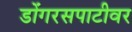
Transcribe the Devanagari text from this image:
डोंगरसपाटीवर